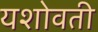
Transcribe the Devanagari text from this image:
यशोवती